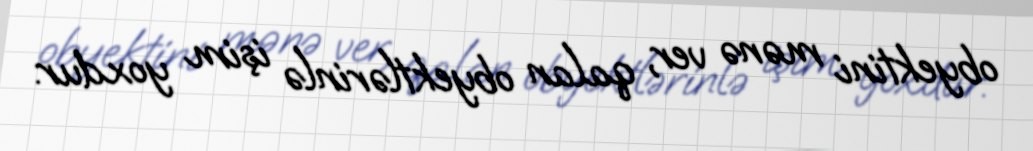
obyektini mənə ver, qalan obyektlərinlə işim yoxdur.